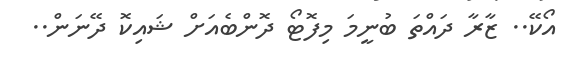
އޯކޭ.. ޒާރާ ދައްތަ ބުނީމަ މިފޮޓޯ ދޮންބެއަށް ޝައިކޮ ދޭނަން..